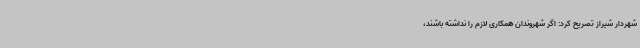
شهردار شیراز تصریح کرد: اگر شهروندان همکاری لازم را نداشته باشند،